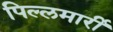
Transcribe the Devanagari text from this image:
पिल्‍लमार्री